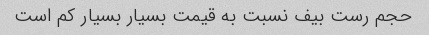
حجم رست بیف نسبت به قیمت بسیار بسیار کم است